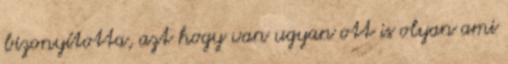
bizonyította, azt hogy van ugyan ott is olyan ami